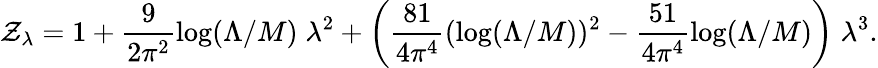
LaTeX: \mathcal{Z}_{\lambda}=1+\frac{{9}}{{2\pi^{2}}}\log(\Lambda/M)\; \lambda^{2}+\left(\frac{{81}}{{4\pi^{4}}}(\log(\Lambda/M))^{2}-\frac{{51}}{{4\pi^{4}}}\log(\Lambda/M)\right)\; \lambda^{3}.